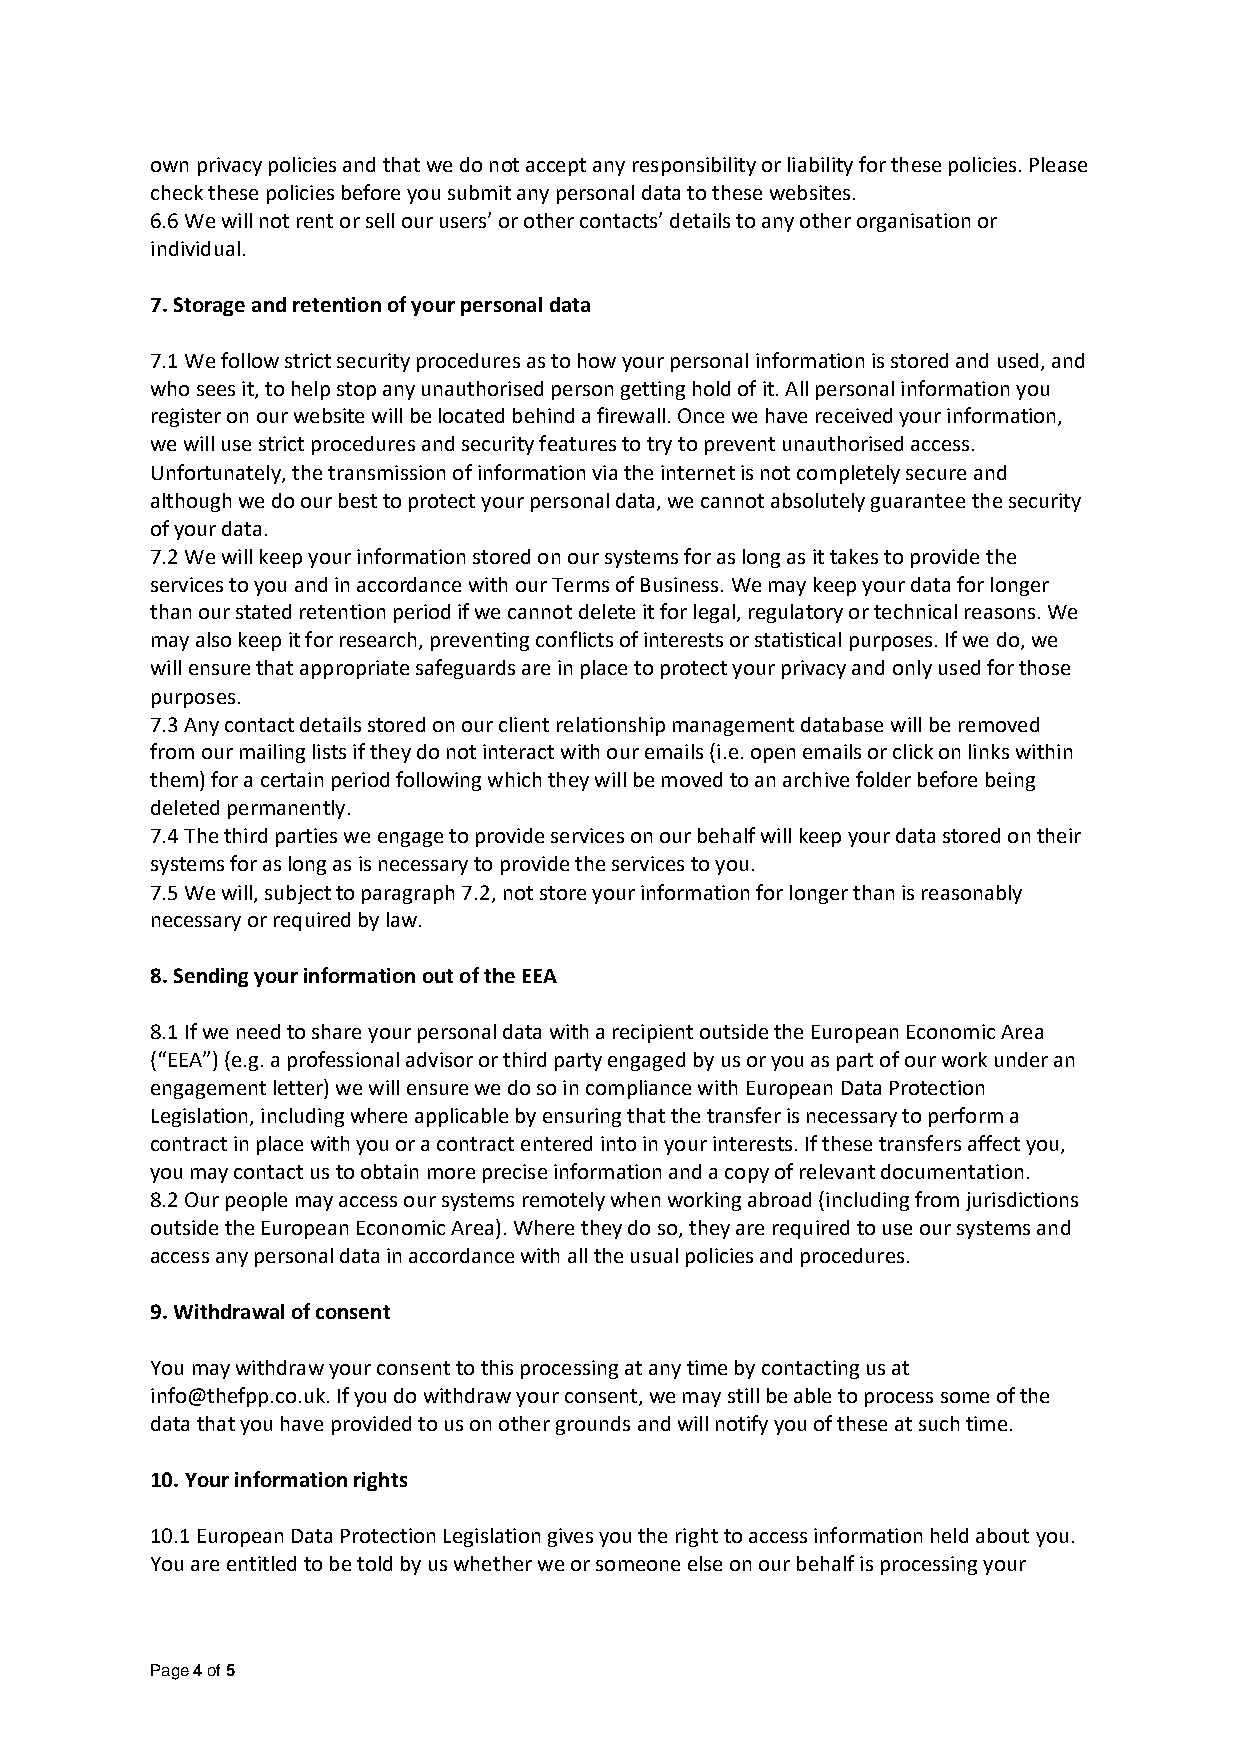
own privacy policies and that we do not accept any responsibility or liability for these policies. Please
 check these policies before you submit any personal data to these websites.
 6.6 We will not rent or sell our users’ or other contacts’ details to any other organisation or
 individual.
 7. Storage and retention of your personal data
 7.1 We follow strict security procedures as to how your personal information is stored and used, and
 who sees it, to help stop any unauthorised person getting hold of it. All personal information you
 register on our website will be located behind a firewall. Once we have received your information,
 we will use strict procedures and security features to try to prevent unauthorised access.
 Unfortunately, the transmission of information via the internet is not completely secure and
 although we do our best to protect your personal data, we cannot absolutely guarantee the security
 of your data.
 7.2 We will keep your information stored on our systems for as long as it takes to provide the
 services to you and in accordance with our Terms of Business. We may keep your data for longer
 than our stated retention period if we cannot delete it for legal, regulatory or technical reasons. We
 may also keep it for research, preventing conflicts of interests or statistical purposes. If we do, we
 will ensure that appropriate safeguards are in place to protect your privacy and only used for those
 purposes.
 7.3 Any contact details stored on our client relationship management database will be removed
 from our mailing lists if they do not interact with our emails (i.e. open emails or click on links within
 them) for a certain period following which they will be moved to an archive folder before being
 deleted permanently.
 7.4 The third parties we engage to provide services on our behalf will keep your data stored on their
 systems for as long as is necessary to provide the services to you.
 7.5 We will, subject to paragraph 7.2, not store your information for longer than is reasonably
 necessary or required by law.
 8. Sending your information out of the EEA
 8.1 If we need to share your personal data with a recipient outside the European Economic Area
 (“EEA”) (e.g. a professional advisor or third party engaged by us or you as part of our work under an
 engagement letter) we will ensure we do so in compliance with European Data Protection
 Legislation, including where applicable by ensuring that the transfer is necessary to perform a
 contract in place with you or a contract entered into in your interests. If these transfers affect you,
 you may contact us to obtain more precise information and a copy of relevant documentation.
 8.2 Our people may access our systems remotely when working abroad (including from jurisdictions
 outside the European Economic Area). Where they do so, they are required to use our systems and
 access any personal data in accordance with all the usual policies and procedures.
 9. Withdrawal of consent
 You may withdraw your consent to this processing at any time by contacting us at
 info@thefpp.co.uk. If you do withdraw your consent, we may still be able to process some of the
 data that you have provided to us on other grounds and will notify you of these at such time.
 10. Your information rights
 10.1 European Data Protection Legislation gives you the right to access information held about you.
 You are entitled to be told by us whether we or someone else on our behalf is processing your
 Page 4 of 5